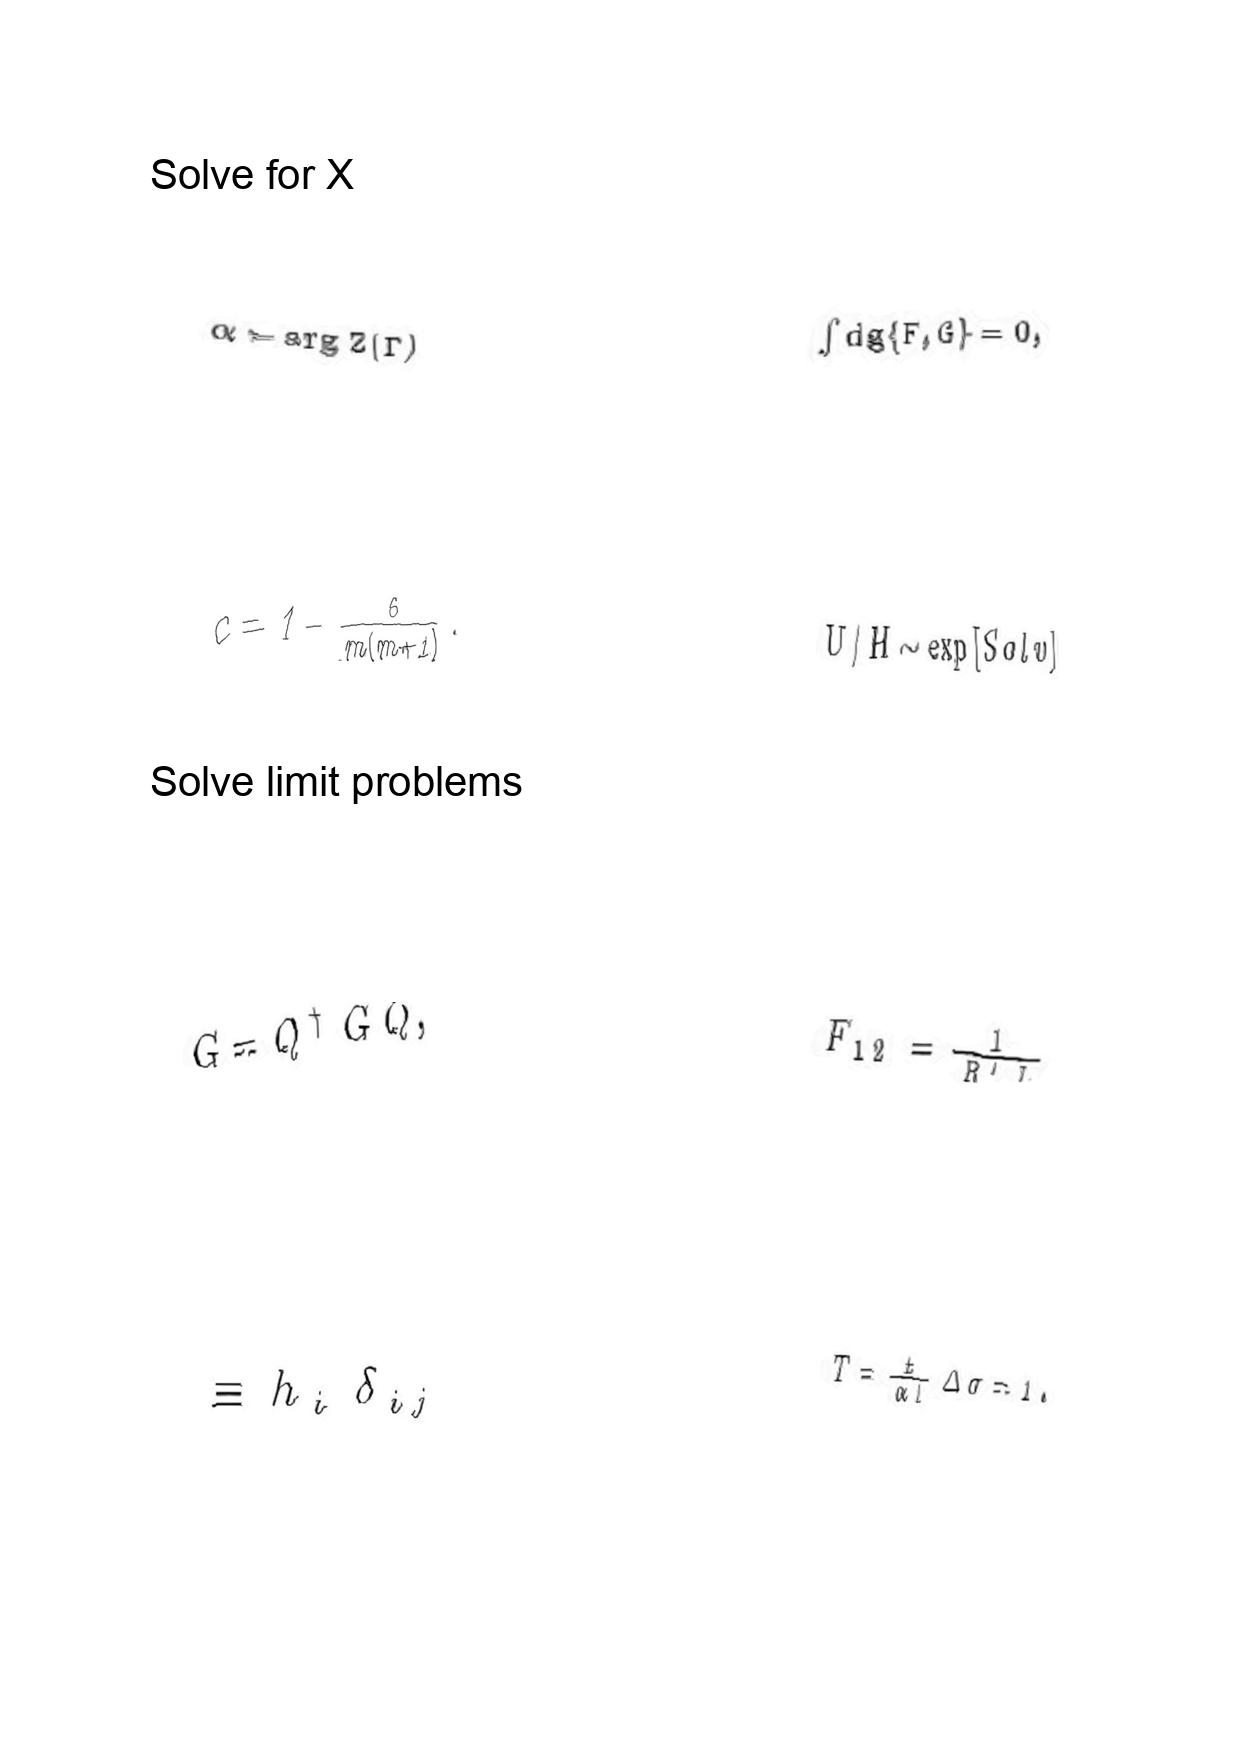
LaTeX transcription:
\alpha = \arg Z \lparen \Gamma \rparen
c = 1 - \frac { 6 } { m \lparen m + 1 \rparen } .
G = Q ^ { \dagger } \bar { G } Q ,
\equiv h _ { i } \delta _ { i j }
\int \mathrm { d } g \lbrace F , G \rbrace = 0 ,
U / H \sim \exp \lbrack S o l v \rbrack
F _ { 1 2 } = \frac { 1 } { R ^ { \prime } L }
T = \frac { t } { \alpha l } \Delta \sigma = 1 .